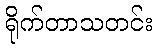
ရိုက်တာသတင်း